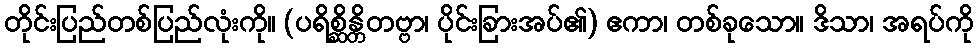
တိုင်းပြည်တစ်ပြည်လုံးကို။ (ပရိစ္ဆိန္တိတဗ္ဗာ၊ ပိုင်းခြားအပ်၏) ဧကာ၊ တစ်ခုသော။ ဒိသာ၊ အရပ်ကို